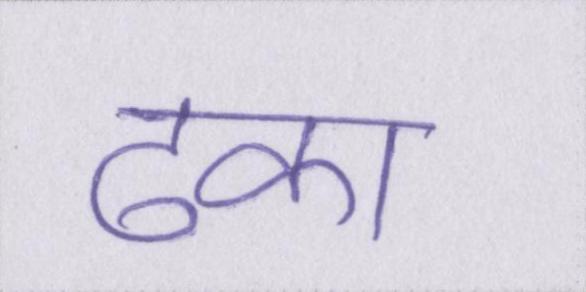
ढका